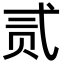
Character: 贰